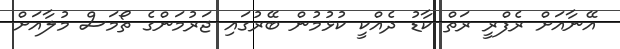
އޭނާއަށް ރެފްރީ ރަތް ކާޑު ދެއްކީ ކުޅުމުން ބޭރުގައި ޖަރުމަންގެ ތޯމަސް މުލާއަށް